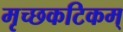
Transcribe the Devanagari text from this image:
मृच्छकटिकम्‌